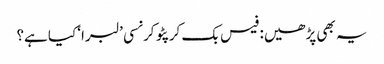
یہ بھی پڑھیں: فیس بک کرپٹو کرنسی ’لبرا‘ کیا ہے؟